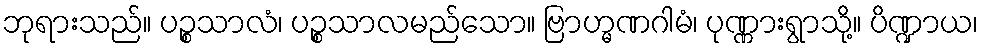
ဘုရားသည်။ ပဉ္စသာလံ၊ ပဉ္စသာလမည်သော။ ဗြာဟ္မဏဂါမံ၊ ပုဏ္ဏားရွာသို့။ ပိဏ္ဍာယ၊